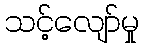
သင့်လျော်မှု